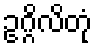
ဥဂ္ဂိလိတုံ